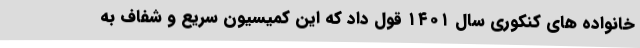
خانواده های کنکوری سال ۱۴۰۱ قول داد که این کمیسیون سریع و شفاف به